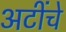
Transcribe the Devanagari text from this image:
अटींचे